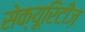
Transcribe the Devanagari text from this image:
सेक्यूरिटीज़